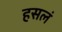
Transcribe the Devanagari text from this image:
हसलं